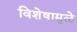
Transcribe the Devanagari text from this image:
विशेषामुळे